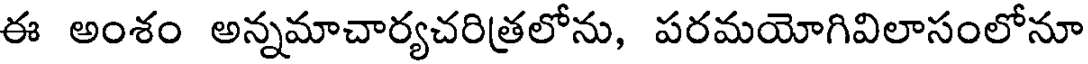
ఈ అంశం అన్నమాచార్యచరిత్రలోను, పరమయోగివిలాసంలోనూ